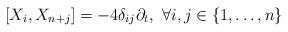
LaTeX: \begin{align*}[X_i, X_{n+j}]= -4 \delta_{ij} \partial_t, \ \forall i,j \in \{1,\dots,n\}\end{align*}